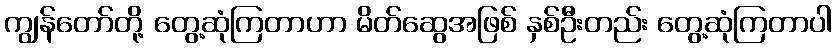
ကျွန်တော်တို့ တွေ့ဆုံကြတာဟာ မိတ်ဆွေအဖြစ် နှစ်ဦးတည်း တွေ့ဆုံကြတာပါ